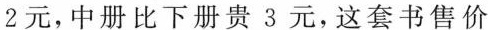
2元，中册比下册贵3元，这套书售价